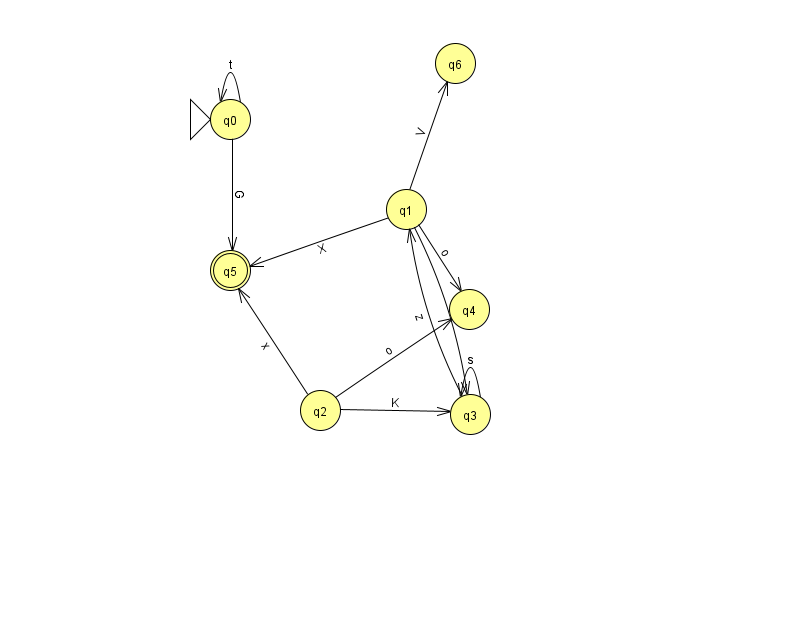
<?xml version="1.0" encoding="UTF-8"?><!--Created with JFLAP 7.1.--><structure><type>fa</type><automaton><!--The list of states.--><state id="0" name="q0"><x>230.0</x><y>106.0</y><initial/></state><state id="1" name="q1"><x>406.0</x><y>196.0</y></state><state id="2" name="q2"><x>320.0</x><y>397.0</y></state><state id="3" name="q3"><x>470.0</x><y>401.0</y></state><state id="4" name="q4"><x>469.0</x><y>296.0</y></state><state id="5" name="q5"><x>230.0</x><y>257.0</y><final/></state><state id="6" name="q6"><x>455.0</x><y>50.0</y></state><!--The list of transitions.--><transition><from>2</from><to>3</to><read>K</read></transition><transition><from>3</from><to>3</to><read>s</read></transition><transition><from>0</from><to>0</to><read>t</read></transition><transition><from>0</from><to>5</to><read>G</read></transition><transition><from>3</from><to>1</to><read>z</read></transition><transition><from>1</from><to>4</to><read>o</read></transition><transition><from>2</from><to>5</to><read>x</read></transition><transition><from>1</from><to>6</to><read>V</read></transition><transition><from>1</from><to>3</to><read>s</read></transition><transition><from>1</from><to>5</to><read>X</read></transition><transition><from>2</from><to>4</to><read>o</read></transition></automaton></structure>